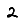
Digit: 2